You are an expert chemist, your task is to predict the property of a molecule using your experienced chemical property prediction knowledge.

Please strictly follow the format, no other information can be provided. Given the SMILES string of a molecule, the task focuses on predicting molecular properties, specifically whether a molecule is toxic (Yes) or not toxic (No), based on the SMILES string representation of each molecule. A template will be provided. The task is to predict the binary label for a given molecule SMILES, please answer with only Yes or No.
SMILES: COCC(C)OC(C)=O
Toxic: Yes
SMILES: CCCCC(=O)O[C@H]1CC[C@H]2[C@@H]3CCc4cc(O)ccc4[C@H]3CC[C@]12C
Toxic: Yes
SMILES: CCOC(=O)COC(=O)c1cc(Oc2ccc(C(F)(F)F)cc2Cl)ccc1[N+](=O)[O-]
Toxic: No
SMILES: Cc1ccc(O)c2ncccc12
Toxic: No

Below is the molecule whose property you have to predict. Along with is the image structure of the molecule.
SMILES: CCC(=O)OCCC(C)CCC=C(C)C
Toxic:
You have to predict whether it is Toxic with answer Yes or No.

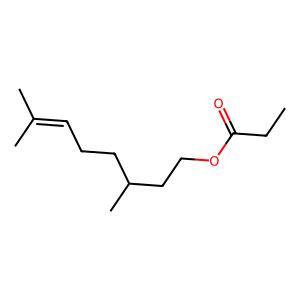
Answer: No